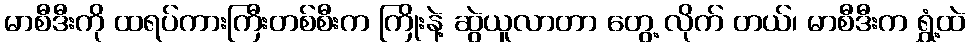
မာစီဒီးကို ထရပ်ကားကြီးတစ်စီးက ကြိုးနဲ့ ဆွဲယူလာတာ တွေ့ လိုက် တယ်၊ မာစီဒီးက ရွှံ့ထဲ